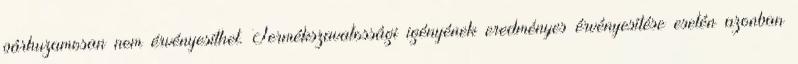
párhuzamosan nem érvényesíthet. Termékszavatossági igényének eredményes érvényesítése esetén azonban